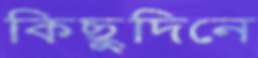
কিছুদিনে